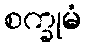
စက္ခုမံ